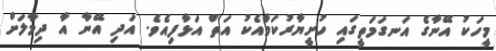
މީހަކު އޭނާގެ އަނގަމަތީގައި ހުށީޔާރުކަމާއެކު އަތް އަޅާފިއެވެ. އަދި އޭނާ އާ ދިމާލަށް